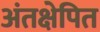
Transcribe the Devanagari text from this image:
अंतक्षेपित